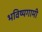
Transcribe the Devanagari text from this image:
भविष्यगामी